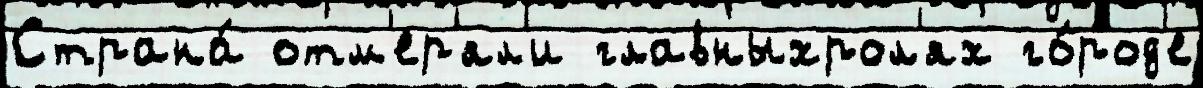
Страна́ отм'ер'ял'и главныхрол'ях го́род'е